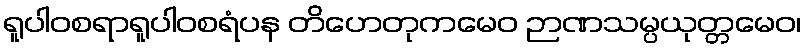
ရူပါဝစရာရူပါဝစရံပန တိဟေတုကမေဝ ဉာဏသမ္ပယုတ္တမေဝ၊